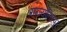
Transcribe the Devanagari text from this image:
प्राग्ज्योतिस्पुर